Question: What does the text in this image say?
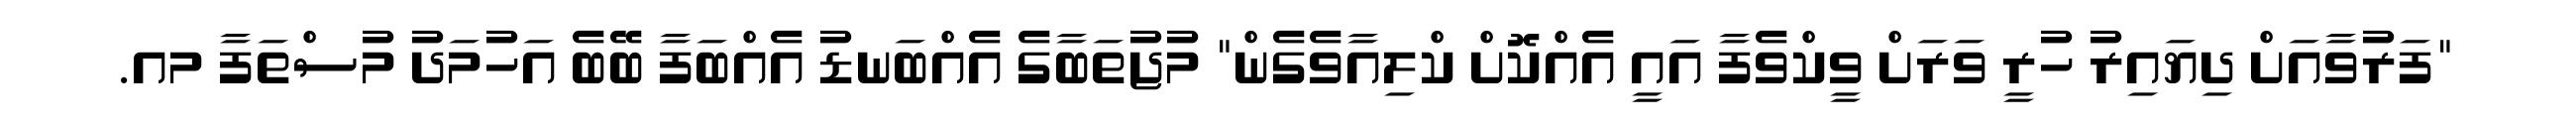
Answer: "ފަރުވާއަށް ދިޔައިރު ހުރީ ވަރަށް ވީކްވެފާ އައީ އެއްކޮށް ކްލިއާވެގެން" މުޖުތަބާގެ އެއްބަނޑު އެއްބަފާ ބޭބެ އަހުމަދު މުސްތަފާ މއ.